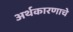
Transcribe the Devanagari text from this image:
अर्थकारणाचे